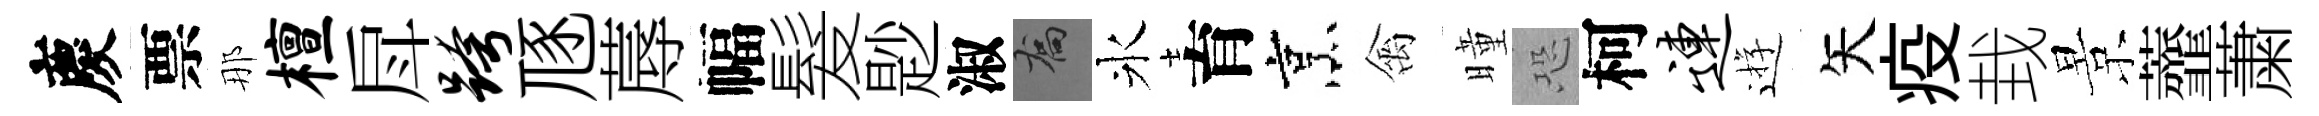
慶票那檀戽跨豗蓐幅髮尟淑喬氷育烹禽曈恐柯连逰矢疫㘽景虀䔥